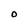
Character: O